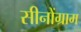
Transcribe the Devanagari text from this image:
सीनोंग्राम